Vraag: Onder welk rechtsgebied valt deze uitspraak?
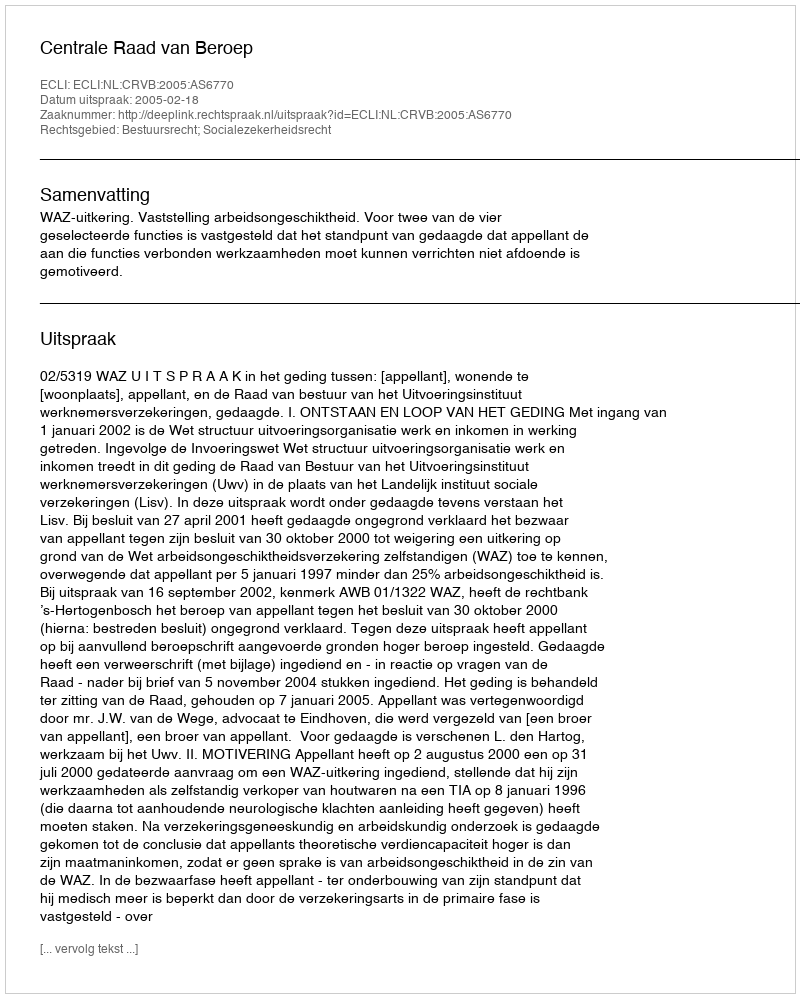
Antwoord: Bestuursrecht; Socialezekerheidsrecht